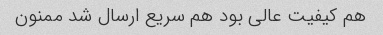
هم کیفیت عالی بود هم سریع ارسال شد ممنون